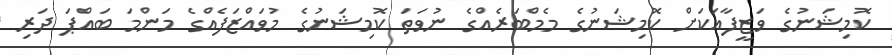
ކޮމިޝަނުގެ ވަޒީފާއަކަށް ކޮމިޝަނުގެ މެމްބަރެއްގެ ނުވަތަ ކޮމިޝަނުގެ މުވައްޒަފެއްގެ މަންމަ ބައްޕަ ދަރި